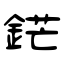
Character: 鋩